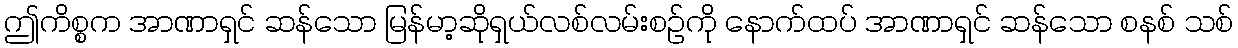
ဤကိစ္စက အာဏာရှင် ဆန်သော မြန်မာ့ဆိုရှယ်လစ်လမ်းစဉ်ကို နောက်ထပ် အာဏာရှင် ဆန်သော စနစ် သစ်